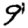
Digit: 9